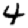
Digit: 4